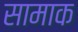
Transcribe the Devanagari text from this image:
सामाक